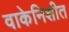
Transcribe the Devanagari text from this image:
वाकेनिशीत